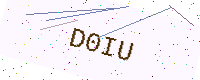
Text: D0IU